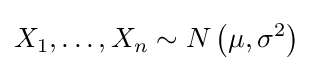
X_{1},\dots ,X_{n}\sim N\left(\mu ,\sigma ^{2}\right)